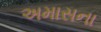
અમાસના